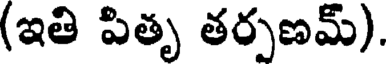
(ఇతి పితృ తర్పణమ్).